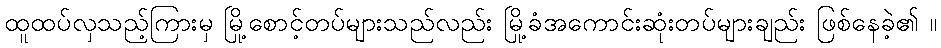
ထူထပ်လှသည့်ကြားမှ မြို့စောင့်တပ်များသည်လည်း မြို့ခံအကောင်းဆုံးတပ်များချည်း ဖြစ်နေခဲ့၏ ။